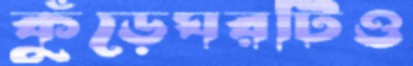
কুঁড়েঘরটিও